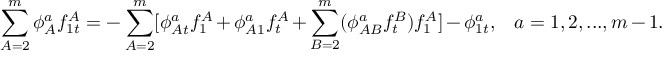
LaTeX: \sum _ { A = 2 } ^ { m } \phi _ { A } ^ { a } f _ { 1 t } ^ { A } = - \sum _ { A = 2 } ^ { m } [ \phi _ { A t } ^ { a } f _ { 1 } ^ { A } + \phi _ { A 1 } ^ { a } f _ { t } ^ { A } + \sum _ { B = 2 } ^ { m } ( \phi _ { A B } ^ { a } f _ { t } ^ { B } ) f _ { 1 } ^ { A } ] - \phi _ { 1 t } ^ { a } , \; \; \; a = 1 , 2 , . . . , m - 1 .